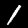
Label: 1